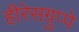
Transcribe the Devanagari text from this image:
हीरेसग्रुप्पे